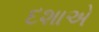
દશાએ